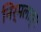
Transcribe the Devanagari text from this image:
निर्मलाङ्ग